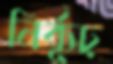
নির্ব্যূঢ়